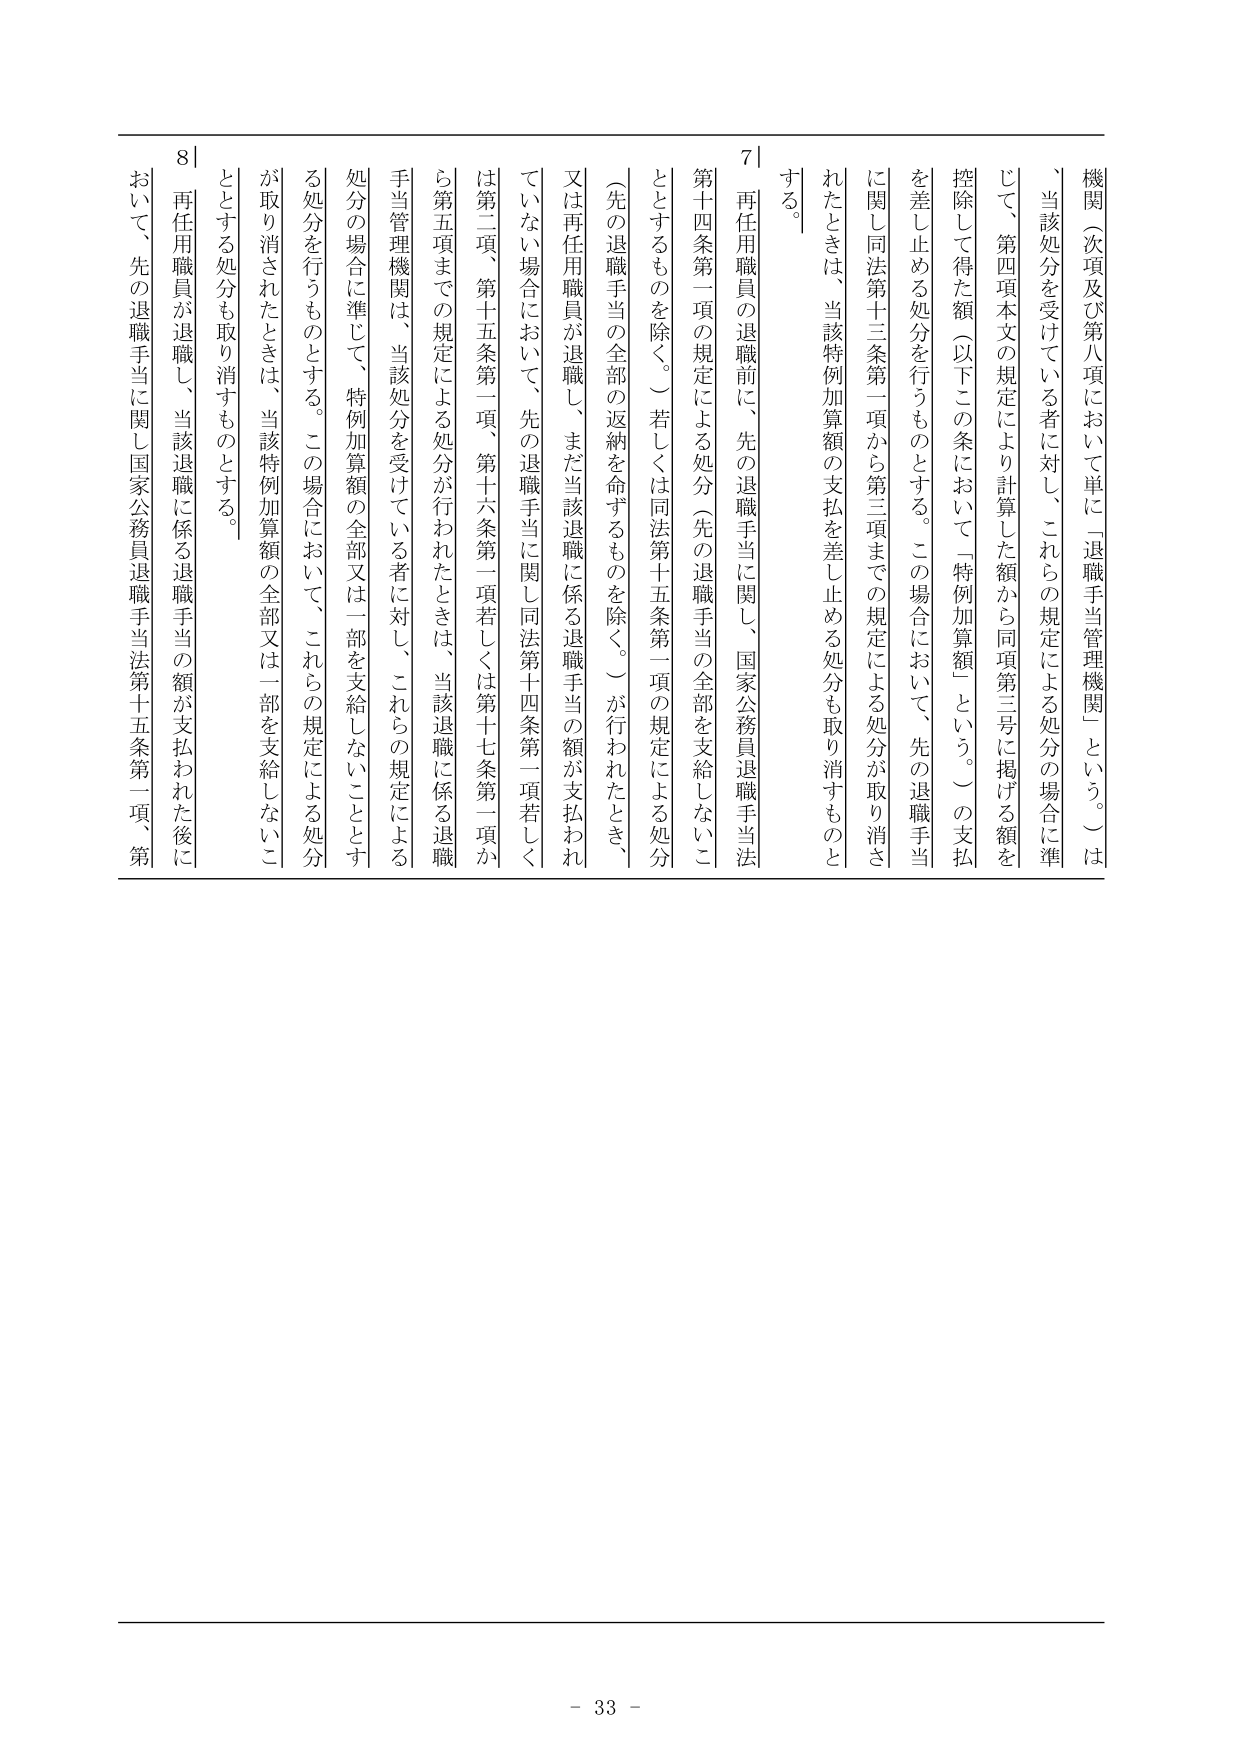
機関（次項及び第八項において単に「退職手当管理機関」という。）は、当該処分を受けている者に対し、これらの規定による処分の場合に準じて、第四項本文の規定により計算した額から同項第三号に掲げる額を控除して得た額（以下この条において「特例加算額」という。）の支払を差し止める処分を行うものとする。この場合において、先の退職手当に関し同法第十三条第一項から第三項までの規定による処分が取り消されたときは、当該特例加算額の支払を差し止める処分も取り消すものとする。

7 再任用職員の退職前に、先の退職手当に関し、国家公務員退職手当法第十四条第一項の規定による処分（先の退職手当の全部を支給しないこととするものを除く。）若しくは同法第十五条第一項の規定による処分（先の退職手当の全部の返納を命ずるものを除く。）が行われたとき、又は再任用職員が退職し、まだ当該退職に係る退職手当の額が支払われていない場合において、先の退職手当に関し同法第十四条第一項若しくは第二項、第十五条第一項、第十六条第一項若しくは第十七条第一項から第五項までの規定による処分が行われたときは、当該退職に係る退職手当管理機関は、当該処分を受けている者に対し、これらの規定による処分の場合に準じて、特例加算額の全部又は一部を支給しないこととする処分を行うものとする。この場合において、これらの規定による処分が取り消されたときは、当該特例加算額の全部又は一部を支給しないこととする処分も取り消すものとする。

8 再任用職員が退職し、当該退職に係る退職手当の額が支払われた後において、先の退職手当に関し国家公務員退職手当法第十五条第一項、第

- 33 -